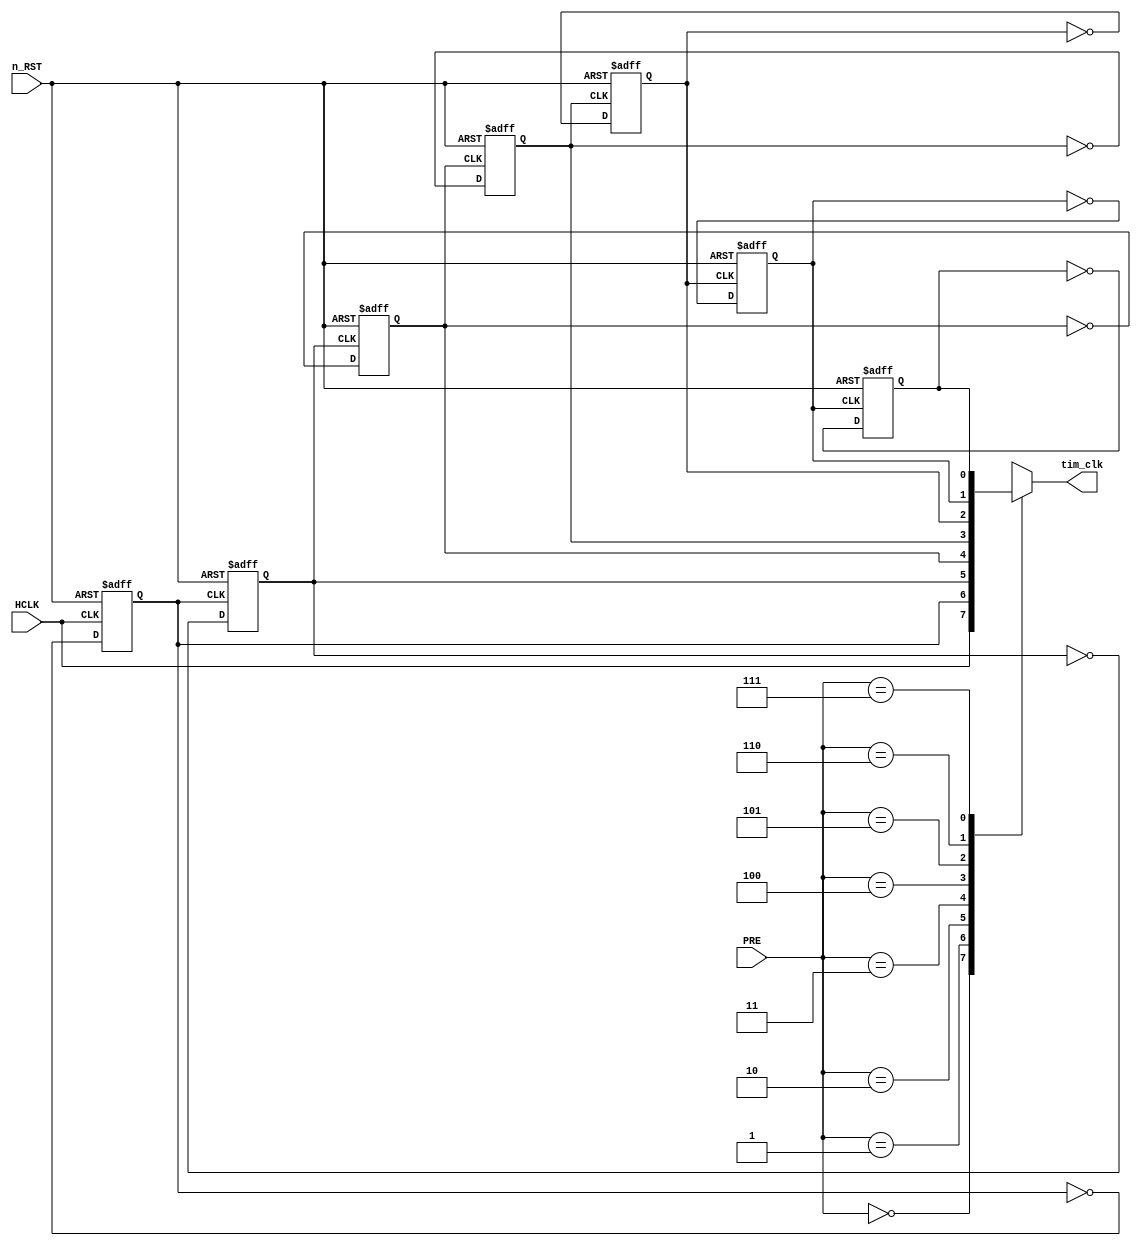
module clock_divider (
	HCLK,
	n_RST,
	PRE,
	tim_clk
);
	input wire HCLK;
	input wire n_RST;
	input wire [2:0] PRE;
	output reg tim_clk;
	reg clkdiv2;
	reg clkdiv4;
	reg clkdiv8;
	reg clkdiv16;
	reg clkdiv32;
	reg clkdiv64;
	reg clkdiv128;
	always @(posedge HCLK or negedge n_RST)
		if (!n_RST)
			clkdiv2 <= 0;
		else
			clkdiv2 <= ~clkdiv2;
	always @(posedge clkdiv2 or negedge n_RST)
		if (!n_RST)
			clkdiv4 <= 0;
		else
			clkdiv4 <= ~clkdiv4;
	always @(posedge clkdiv4 or negedge n_RST)
		if (!n_RST)
			clkdiv8 <= 0;
		else
			clkdiv8 <= ~clkdiv8;
	always @(posedge clkdiv8 or negedge n_RST)
		if (!n_RST)
			clkdiv16 <= 0;
		else
			clkdiv16 <= ~clkdiv16;
	always @(posedge clkdiv16 or negedge n_RST)
		if (!n_RST)
			clkdiv32 <= 0;
		else
			clkdiv32 <= ~clkdiv32;
	always @(posedge clkdiv32 or negedge n_RST)
		if (!n_RST)
			clkdiv64 <= 0;
		else
			clkdiv64 <= ~clkdiv64;
	always @(posedge clkdiv64 or negedge n_RST)
		if (!n_RST)
			clkdiv128 <= 0;
		else
			clkdiv128 <= ~clkdiv128;
	always @(*)
		case (PRE)
			3'b000: tim_clk = HCLK;
			3'b001: tim_clk = clkdiv2;
			3'b010: tim_clk = clkdiv4;
			3'b011: tim_clk = clkdiv8;
			3'b100: tim_clk = clkdiv16;
			3'b101: tim_clk = clkdiv32;
			3'b110: tim_clk = clkdiv64;
			3'b111: tim_clk = clkdiv128;
		endcase
endmodule